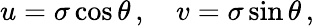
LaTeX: u=\sigma\cos\theta\, ,\quad v=\sigma\sin\theta\, ,